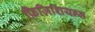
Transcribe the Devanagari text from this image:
फ़िज़िशियन्स